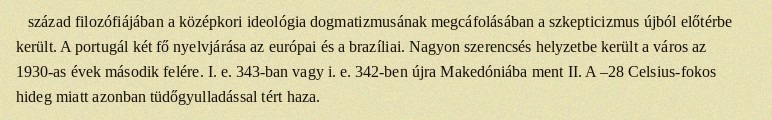
század filozófiájában a középkori ideológia dogmatizmusának megcáfolásában a szkepticizmus újból előtérbe került. A portugál két fő nyelvjárása az európai és a brazíliai. Nagyon szerencsés helyzetbe került a város az 1930-as évek második felére. I. e. 343-ban vagy i. e. 342-ben újra Makedóniába ment II. A –28 Celsius-fokos hideg miatt azonban tüdőgyulladással tért haza.